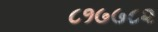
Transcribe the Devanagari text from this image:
८१७७८२